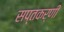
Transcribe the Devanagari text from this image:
सप्तकर्णी